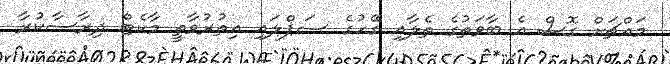
މައްޗަށް ގޮސް އެ ބާވަތުގެ ތެލާއި ގޭހުގެ ސަޕްލައި އިތުރުވާތީ މާކެޓް ދިރާސާކުރާ